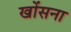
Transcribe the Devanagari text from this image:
खोंसना